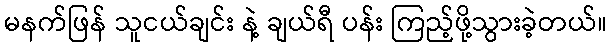
မနက်ဖြန် သူငယ်ချင်း နဲ့ ချယ်ရီ ပန်း ကြည့်ဖို့သွားခဲ့တယ်။